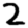
Digit: 2